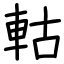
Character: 軲